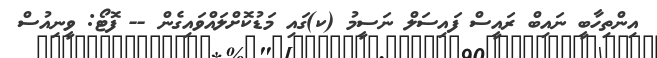
އިންތިހާބީ ނައިބް ރައީސް ފައިސަލް ނަސީމު (ކ)ގައި މަޑުކޮށްލައްވައިގެން -- ފޮޓޯ: ވީނިއުސް